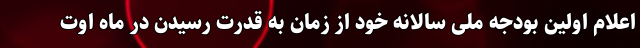
اعلام اولین بودجه ملی سالانه خود از زمان به قدرت رسیدن در ماه اوت